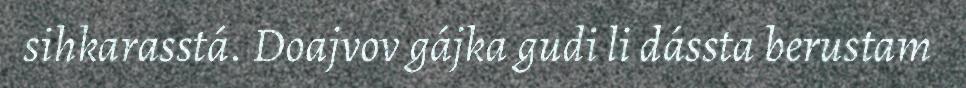
sihkarasstá. Doajvov gájka gudi li dássta berustam